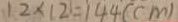
1 2 \times 1 2 = 1 4 4 ( m )